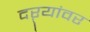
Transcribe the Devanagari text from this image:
दऱ्यांवर